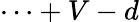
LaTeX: \cdots+V-d